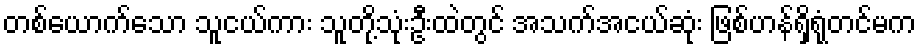
တစ်ယောက်သော သူငယ်ကား သူတို့သုံးဦးထဲတွင် အသက်အငယ်ဆုံး ဖြစ်ဟန်ရှိရုံတင်မက